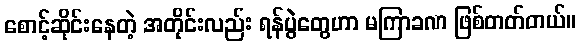
စောင့်ဆိုင်းနေတဲ့ အတိုင်းလည်း ရန်ပွဲတွေဟာ မကြာခဏ ဖြစ်တတ်တယ်။